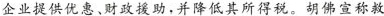
企业提供优惠、财政援助，并降低其所得税。胡佛宣称救